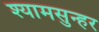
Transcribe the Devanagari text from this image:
श्यामसुन्हर